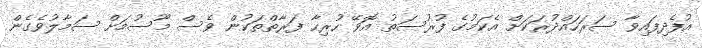
އުފެދިފައިވާ ސަރަހައްދުރަކަށް އެކަމުގެ ފުރުސަތު އޮވޭ ހުރިހާ ފަރާތްތަކުން ވެސް މޫސުމަށް ސަމާލުވެގެން